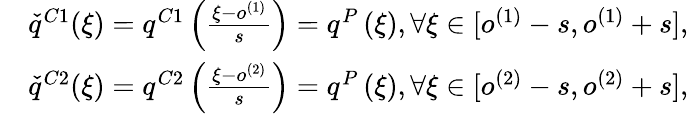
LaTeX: \begin{array}{rl}&{\check{q}^{C1}(\xi)=q^{C1}\left(\frac{\xi-o^{(1)}}{s}\right)=q^{P}\left(\xi\right),\forall\xi\in[o^{(1)}-s,o^{(1)}+s],}\\ &{\check{q}^{C2}(\xi)=q^{C2}\left(\frac{\xi-o^{(2)}}{s}\right)=q^{P}\left(\xi\right),\forall\xi\in[o^{(2)}-s,o^{(2)}+s],}\end{array}